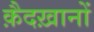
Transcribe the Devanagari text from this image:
क़ैदख़ानों